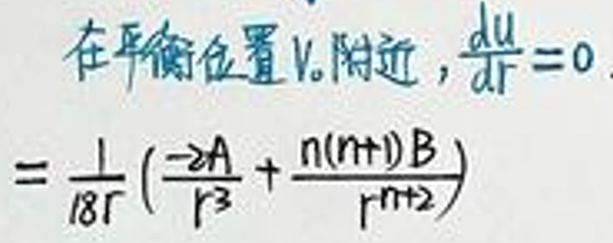
在平衡位置\(r_0\)附近，\(\frac{du}{dr}=0\)

\(=\frac{1}{18r}\left(-\frac{2A}{r^3}+\frac{n(n + 1)B}{r^{n + 2}}\right)\)